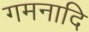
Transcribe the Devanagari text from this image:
गमनादि